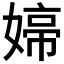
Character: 𭒑